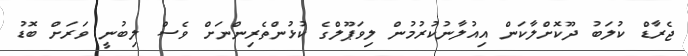
ޖެރާޑް ކުލަބު ދޫކޮށްލާކަން އިއުލާނުކުރުމުން ލިވަޕޫލްގެ ކުޅުންތެރިންނަށް ވެސް ލިބުނީ ވަރަށް ބޮޑު